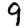
Digit: 9